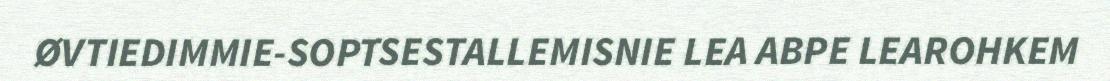
ØVTIEDIMMIE-SOPTSESTALLEMISNIE LEA ABPE LEAROHKEM